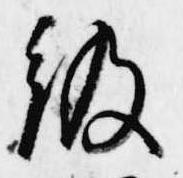
級